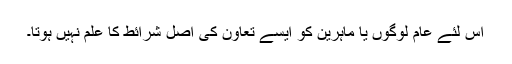
اس لئے عام لوگوں یا ماہرین کو ایسے تعاون کی اصل شرائط کا علم نہیں ہوتا۔